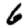
Digit: 6